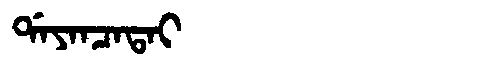
Manchu: ᡩᠠᠶᠠᠨᠴᠠᡨᠠᡳ
Romanization: DAYANCATAI